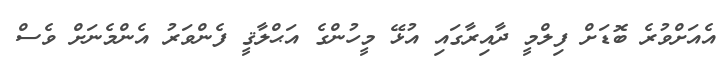
އެއަށްވުރެ ބޮޑަށް ފިލްމީ ދާއިރާގައި އުޅޭ މީހުންގެ އަޙްލާޤީ ފެންވަރު އެންމެނަށް ވެސް